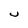
Character: U